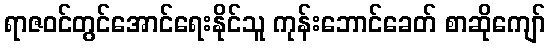
ရာဇဝင်တွင်အောင်ရေးနိုင်သူ ကုန်းဘောင်ခေတ် စာဆိုကျော်